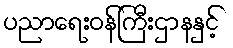
ပညာရေးဝန်ကြီးဌာနနှင့်